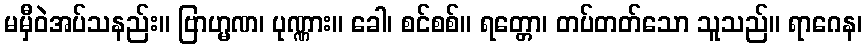
မမှီဝဲအပ်သနည်း။ ဗြာဟ္မဏ၊ ပုဏ္ဏား။ ခေါ၊ စင်စစ်။ ရတ္တော၊ တပ်တတ်သော သူသည်။ ရာဂေန၊